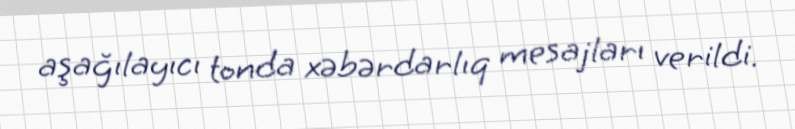
aşağılayıcı tonda xəbərdarlıq mesajları verildi.